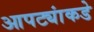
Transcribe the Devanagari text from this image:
आपट्यांकडे